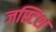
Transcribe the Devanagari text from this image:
जस्टिश